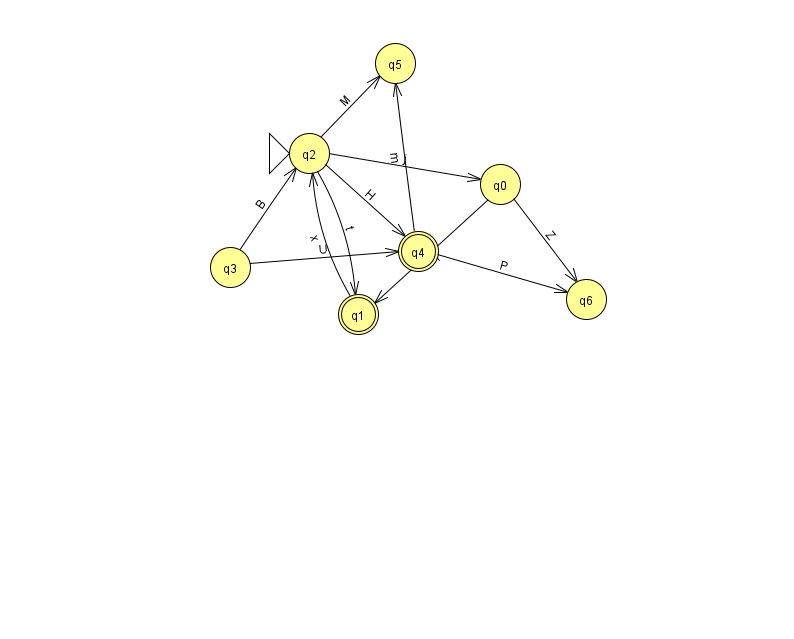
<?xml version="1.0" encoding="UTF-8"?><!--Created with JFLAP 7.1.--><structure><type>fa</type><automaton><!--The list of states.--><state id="0" name="q0"><x>500.0</x><y>171.0</y></state><state id="1" name="q1"><x>358.0</x><y>301.0</y><final/></state><state id="2" name="q2"><x>309.0</x><y>140.0</y><initial/></state><state id="3" name="q3"><x>230.0</x><y>254.0</y></state><state id="4" name="q4"><x>418.0</x><y>238.0</y><final/></state><state id="5" name="q5"><x>395.0</x><y>50.0</y></state><state id="6" name="q6"><x>586.0</x><y>286.0</y></state><!--The list of transitions.--><transition><from>0</from><to>1</to><read>T</read></transition><transition><from>3</from><to>2</to><read>B</read></transition><transition><from>2</from><to>0</to><read>j</read></transition><transition><from>3</from><to>4</to><read>U</read></transition><transition><from>1</from><to>2</to><read>x</read></transition><transition><from>4</from><to>5</to><read>m</read></transition><transition><from>4</from><to>6</to><read>P</read></transition><transition><from>2</from><to>1</to><read>t</read></transition><transition><from>0</from><to>6</to><read>Z</read></transition><transition><from>2</from><to>4</to><read>H</read></transition><transition><from>2</from><to>5</to><read>M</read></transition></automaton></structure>